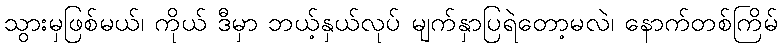
သွားမှဖြစ်မယ်၊ ကိုယ် ဒီမှာ ဘယ့်နှယ်လုပ် မျက်နှာပြရဲတော့မလဲ၊ နောက်တစ်ကြိမ်